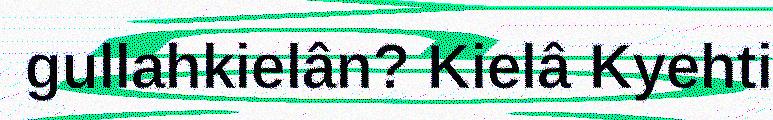
gullahkielân? Kielâ Kyehti